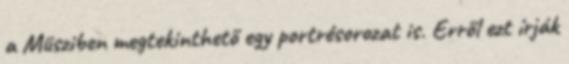
a Müsziben megtekinthető egy portrésorozat is. Erről ezt írják